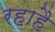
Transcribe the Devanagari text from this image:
रहाहै